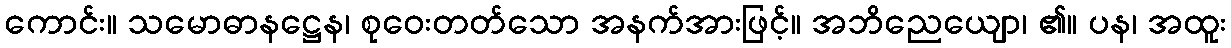
ကောင်း။ သမောဓာနဋ္ဌေန၊ စုဝေးတတ်သော အနက်အားဖြင့်။ အဘိညေယျော၊ ၏။ ပန၊ အထူး